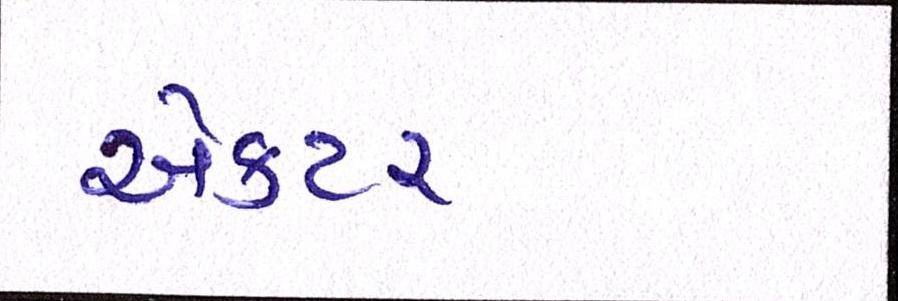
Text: એકટર